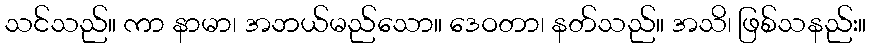
သင်သည်။ ကာ နာမာ၊ အဘယ်မည်သော။ ဒေဝတာ၊ နတ်သည်။ အသိ၊ ဖြစ်သနည်း။